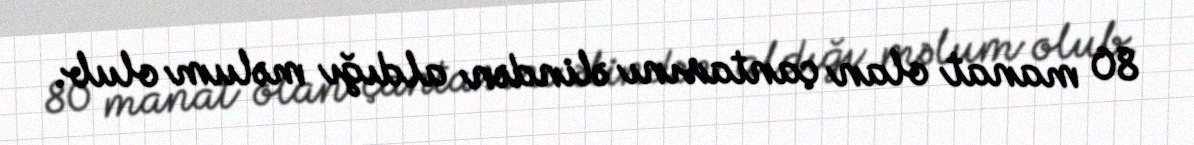
80 manat olan çantasını əlindən aldığı məlum olub.